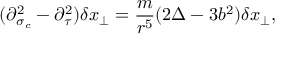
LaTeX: ( \partial _ { \sigma _ { c } } ^ { 2 } - \partial _ { \tau } ^ { 2 } ) \delta x _ { \perp } = \frac { m } { r ^ { 5 } } ( 2 \Delta - 3 b ^ { 2 } ) \delta x _ { \perp } ,